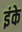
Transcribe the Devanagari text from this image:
इंके